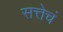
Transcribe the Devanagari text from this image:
सत्तेचं